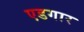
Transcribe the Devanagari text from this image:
एडगार